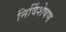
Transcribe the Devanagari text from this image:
निर्विशेषण